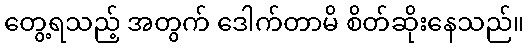
တွေ့ရသည့် အတွက် ဒေါက်တာမိ စိတ်ဆိုးနေသည်။